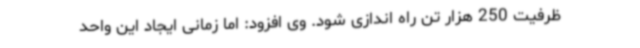
ظرفیت 250 هزار تن راه اندازی شود. وی افزود: اما زمانی ایجاد این واحد